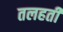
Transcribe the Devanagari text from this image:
तलहती